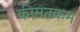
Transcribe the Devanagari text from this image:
कीमतकम